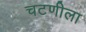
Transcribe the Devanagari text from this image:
चटणीला